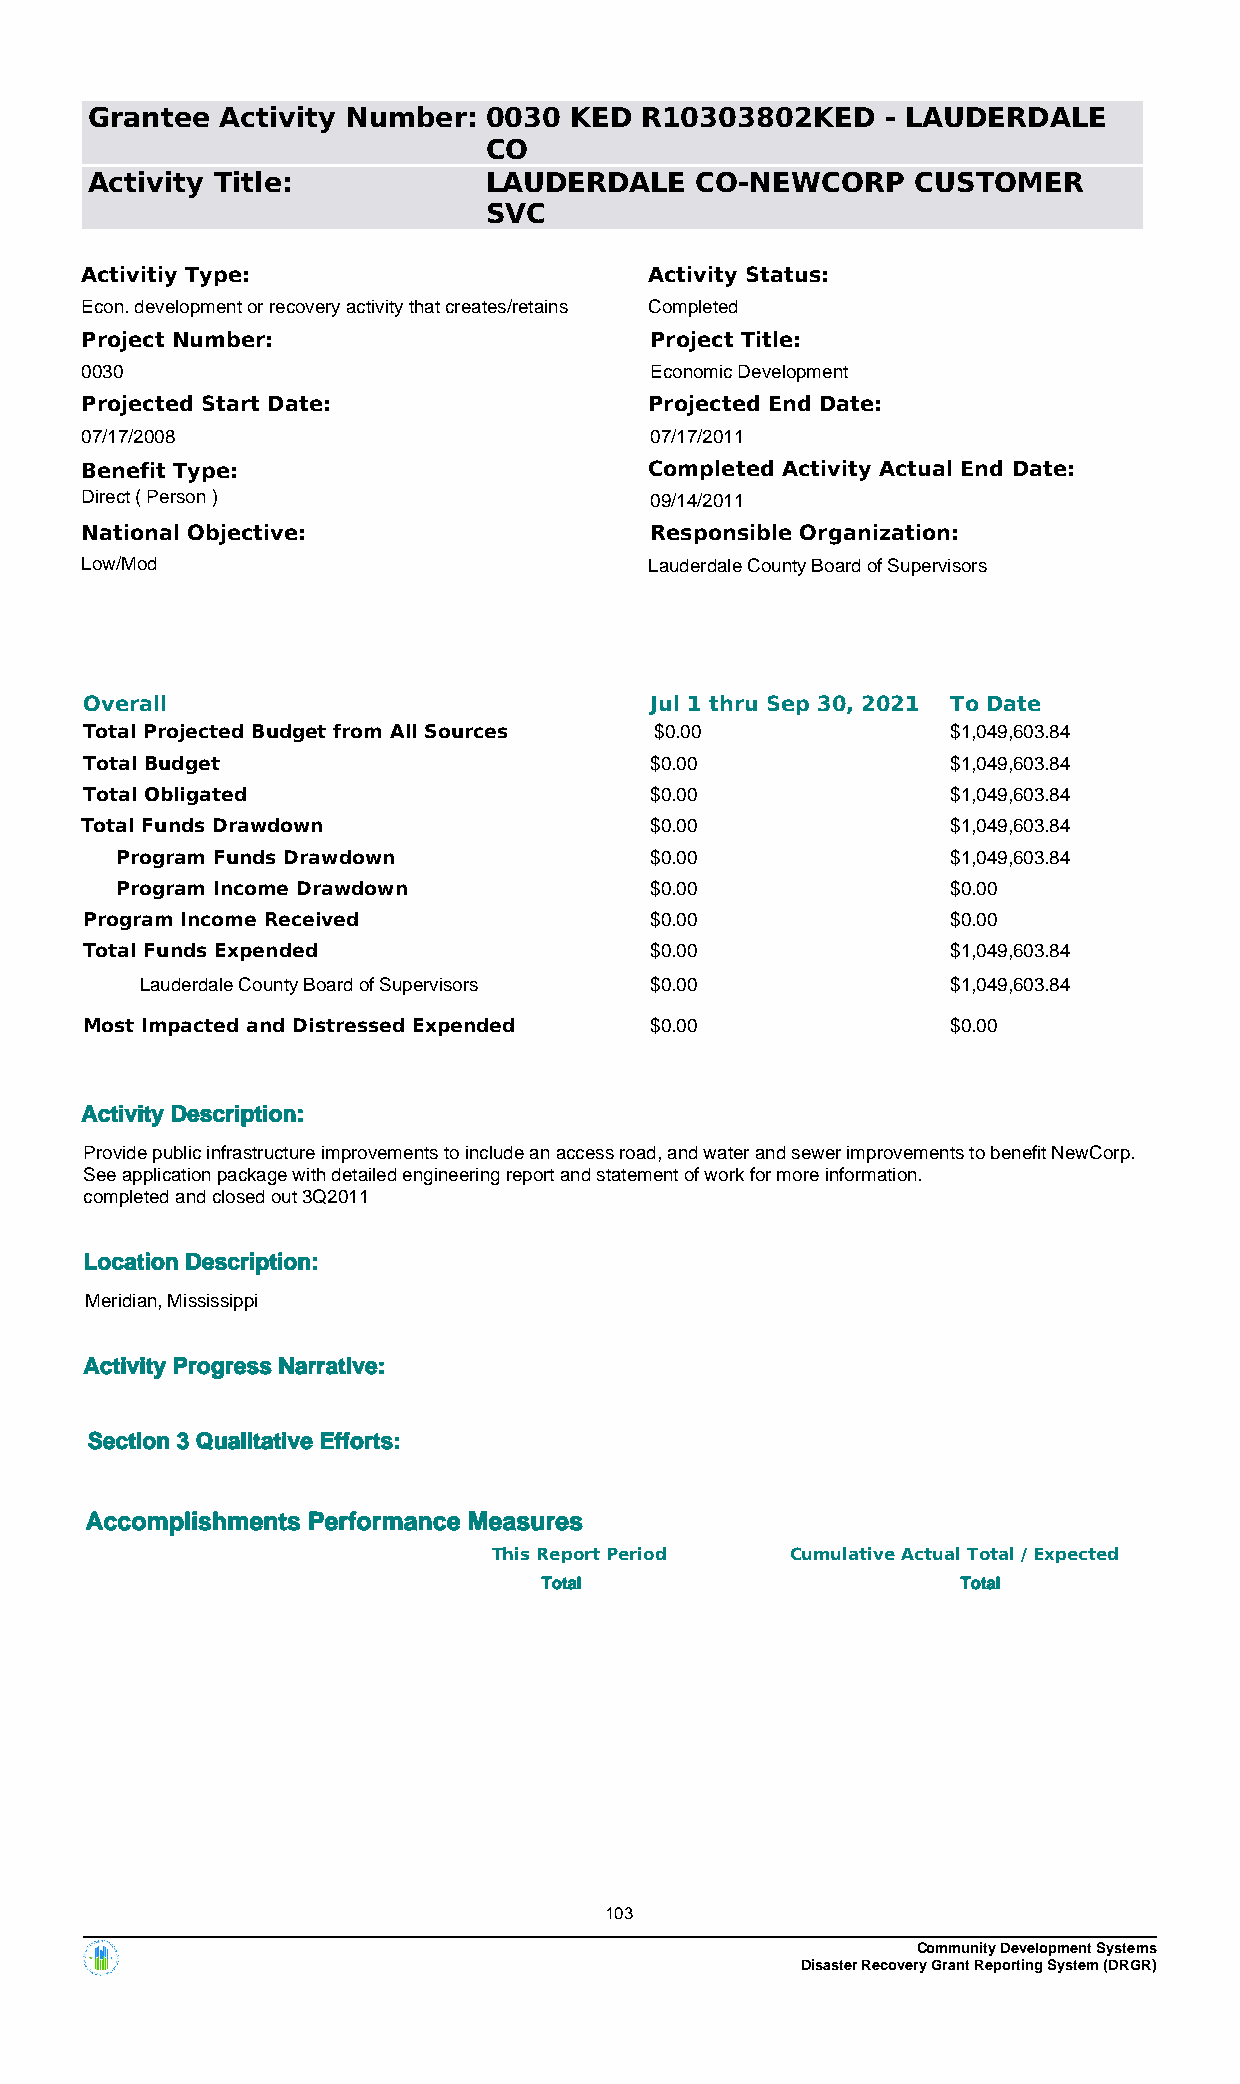
Grantee  Activity Number: 0030  KED R10303802KED     - LAUDERDALE
 CO
 Activity Title:           LAUDERDALE    CO-NEWCORP     CUSTOMER
 SVC
 Activitiy Type:                       Activity Status:
 Econ. development or recovery activity that creates/retains Completed
 Project Number:                       Project Title:
 0030                                  Economic Development
 Projected Start Date:                 Projected End Date:
 07/17/2008                            07/17/2011
 Benefit Type:                         Completed Activity Actual End Date:
 Direct ( Person )                     09/14/2011
 National Objective:                   Responsible Organization:
 Low/Mod                               Lauderdale County Board of Supervisors
 Overall                              Jul 1 thru Sep 30, 2021 To Date
 Total Projected Budget from All Sources $0.00            $1,049,603.84
 Total Budget                         $0.00               $1,049,603.84
 Total Obligated                      $0.00               $1,049,603.84
 Total Funds Drawdown                  $0.00               $1,049,603.84
 Program Funds Drawdown             $0.00               $1,049,603.84
 Program Income Drawdown            $0.00               $0.00
 Program Income Received              $0.00               $0.00
 Total Funds Expended                 $0.00               $1,049,603.84
 Lauderdale County Board of Supervisors $0.00          $1,049,603.84
 Most Impacted and Distressed Expended $0.00              $0.00
 Activity Description:
 Provide public infrastructure improvements to include an access road, and water and sewer improvements to benefit NewCorp.
 See application package with detailed engineering report and statement of work for more information.
 completed and closed out 3Q2011
 Location Description:
 Meridian, Mississippi
 Activity Progress Narrative:
 Section 3 Qualitative Efforts:
 Accomplishments Performance Measures
 This Report Period Cumulative Actual Total / Expected
 Total                       Total
 103
 Community Development Systems
 Disaster Recovery Grant Reporting System (DRGR)